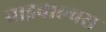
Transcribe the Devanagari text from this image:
बाइवाल्वस